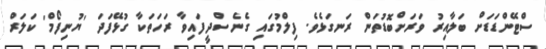
ސްޓޭންޑަޑަށް ބަލާއިރު ވަރަށްބޮޑުތަން ރަނގަޅެވެ. ފިލްމުގައި ގެނެސްދީފައިވާ ރަހަތަކާ ގުޅޭފަދަ 'ޔުނިފޯމް' ކަލަރް